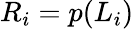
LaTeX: R_{i}=p(L_{i})\,